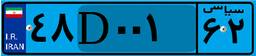
۳۳D۶۴۸۷۶